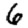
Digit: 6